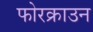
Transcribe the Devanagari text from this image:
फोरक्राउन